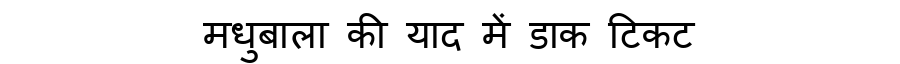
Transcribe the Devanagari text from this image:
मधुबाला की याद में डाक टिकट